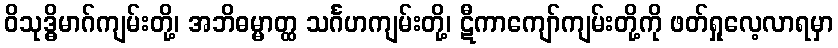
ဝိသုဒ္ဓိမာဂ်ကျမ်းတို့၊ အဘိဓမ္မာတ္ထ သင်္ဂဟကျမ်းတို့၊ ဋီကာကျော်ကျမ်းတို့ကို ဖတ်ရှုလေ့လာရမှာ